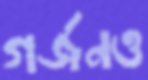
গর্জনও